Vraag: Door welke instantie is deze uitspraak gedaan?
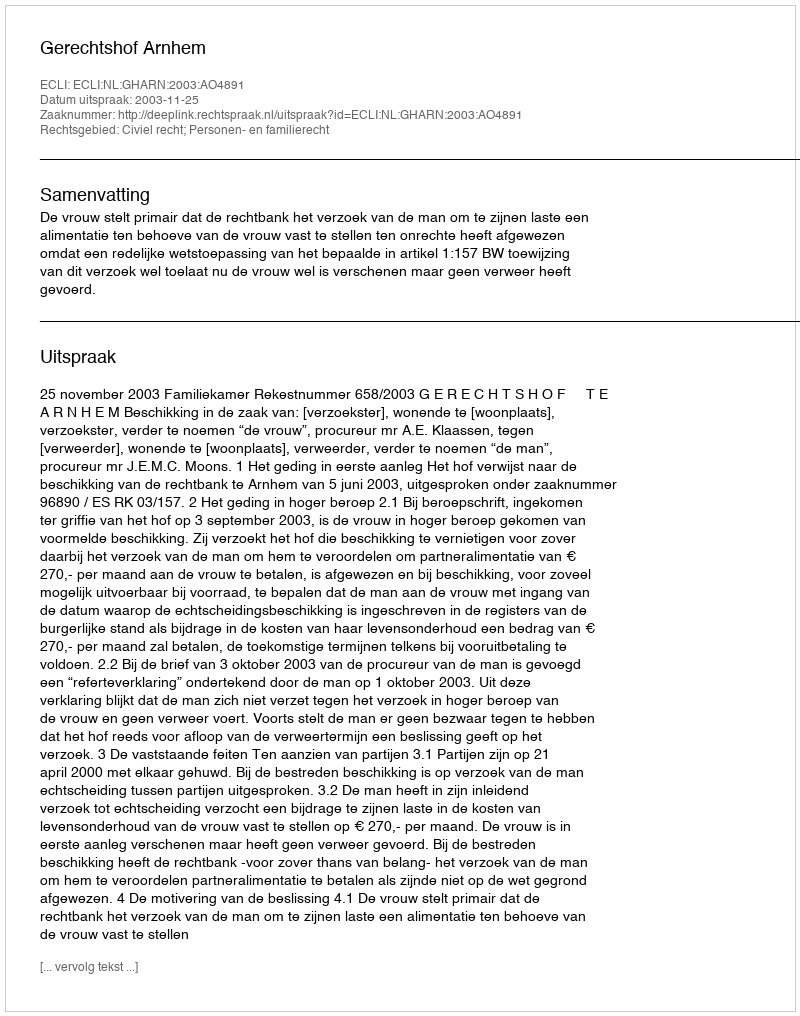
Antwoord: Gerechtshof Arnhem